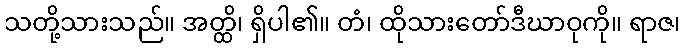
သတို့သားသည်။ အတ္ထိ၊ ရှိပါ၏။ တံ၊ ထိုသားတော်ဒီဃာဝုကို။ ရာဇ၊